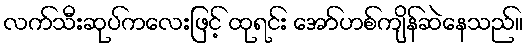
လက်သီးဆုပ်ကလေးဖြင့် ထုရင်း အော်ဟစ်ကျိန်ဆဲနေသည်။